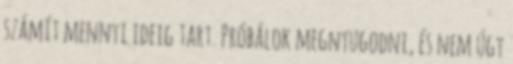
számít mennyi ideig tart. Próbálok megnyugodni, és nem úgy